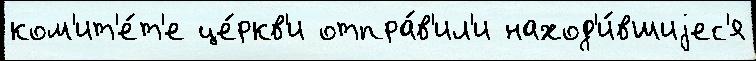
ком'ит'е́т'е це́ркв'и отпра́в'ил'и наход'и́вшиjес'я